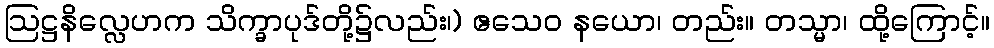
ဩဋ္ဌနိလ္လေဟက သိက္ခာပုဒ်တို့၌လည်း၊) ဧသေဝ နယော၊ တည်း။ တသ္မာ၊ ထို့ကြောင့်။